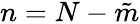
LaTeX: n=N-\tilde{m}